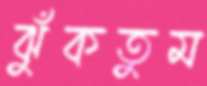
ঝুঁকতুম